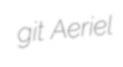
git Aeriel